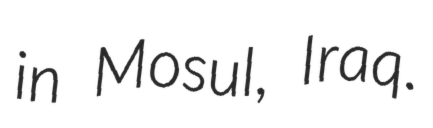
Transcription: in Mosul, Iraq.